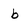
Character: b